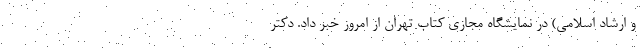
و ارشاد اسلامی) در نمایشگاه مجازی کتاب تهران از امروز خبر داد. دکتر